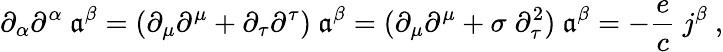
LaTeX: \partial_{\alpha}\partial^{\alpha}\ \mathfrak{a}^{\beta}=(\partial_{\mu}\partial^{\mu}+\partial_{\tau}\partial^{\tau})\ \mathfrak{a}^{\beta}=(\partial_{\mu}\partial^{\mu}+\sigma\; \partial_{\tau}^{2})\ \mathfrak{a}^{\beta}=-\frac{{e}}{{c}}\ j^{\beta}\ ,